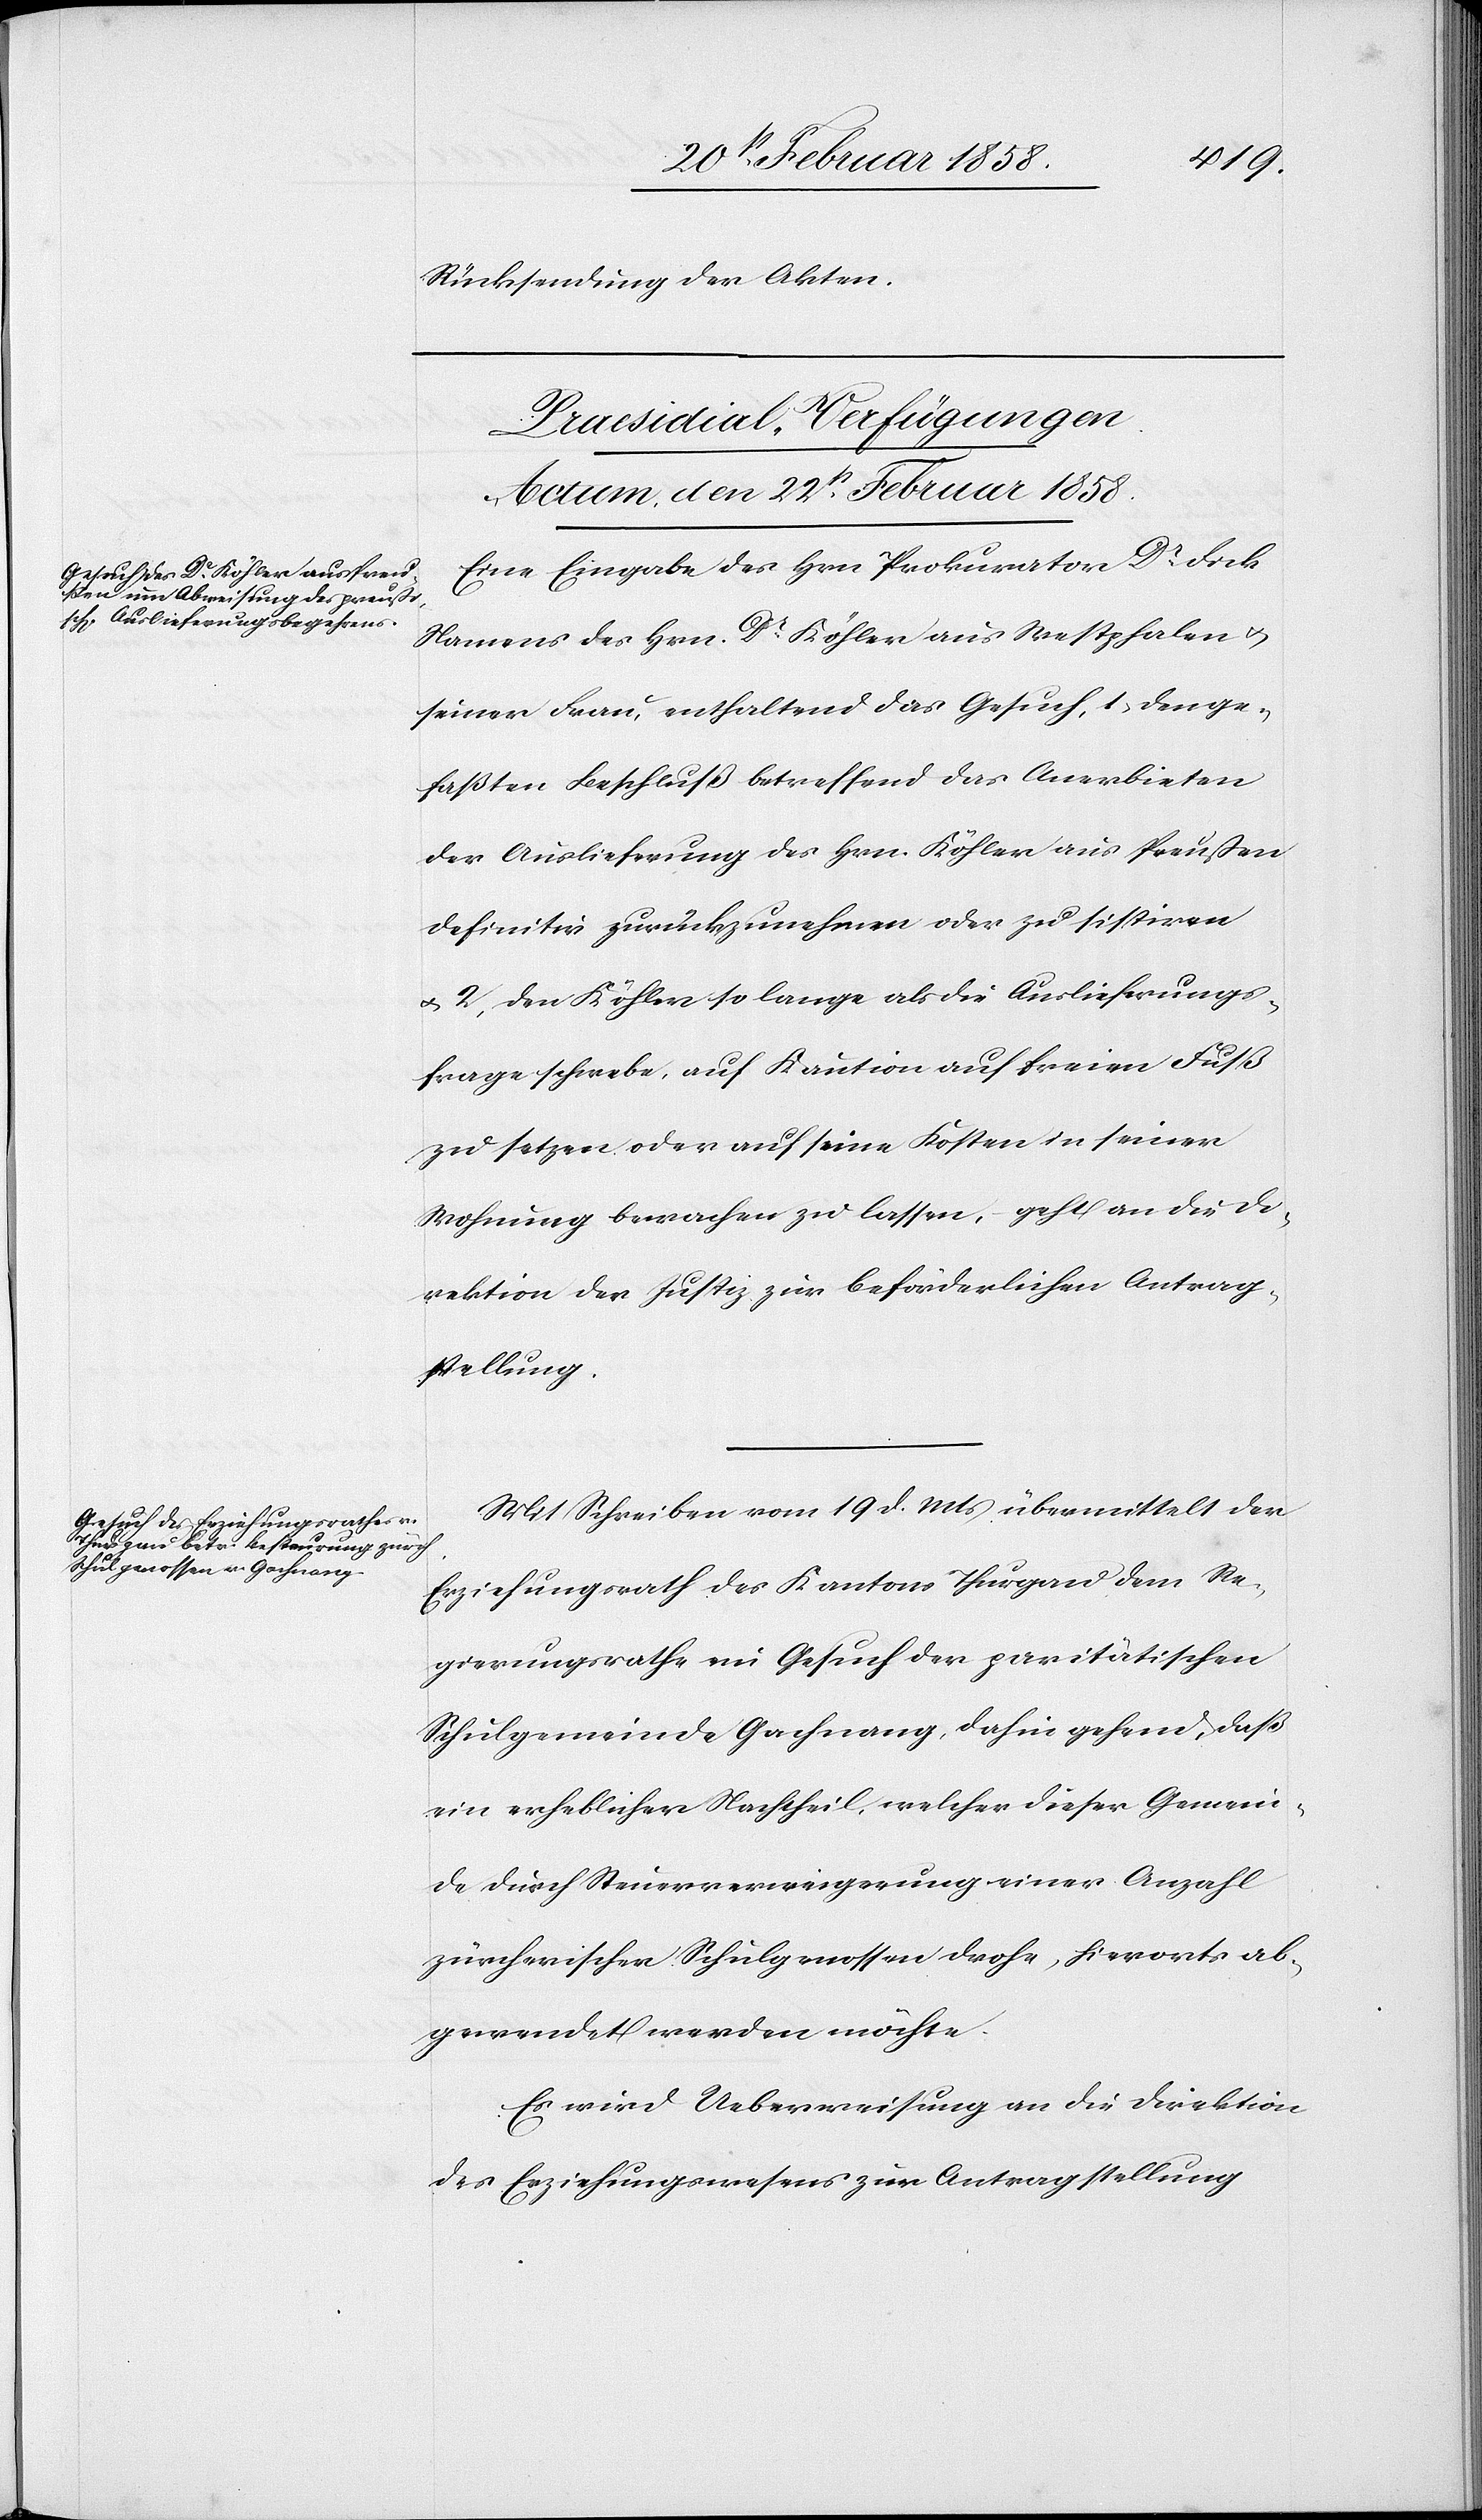
Rücksendung der Akten.
[Praesidial-Verfügungen.
Actum, den 22t Februar 1858.]
Eine Eingabe des Hrn. Prokurator Dr Fick
Namens des Hrn Dr Köhler aus Westphalen u.
seiner Frau, enthaltend das Gesuch, 1. den ge¬
faßten Beschluß betreffend das Anerbieten
der Auslieferung des Hrn. Köhler aus Preußen
definitiv zurückzunehmen oder zu sistiren
u. 2. den Köhler so lange als die Auslieferungs¬
frage schwebe, auf Kaution auf freien Fuß
zu setzen oder auf seine Kosten in seiner
Wohnung bewachen zu lassen, geht an die Di¬
rektion der Justiz zur beförderlichen Antrag¬
stellung.
Mit Schreiben vom 19 d. Mts übermittelt der
Erziehungsrath des Kantons Thurgau dem Re¬
gierungsrathe ein Gesuch der paritätischen
Schulgemeinde Gachnang, dahin gehend, daß
ein erheblicher Nachtheil, welcher dieser Gemein¬
de durch Steuerverweigerung einer Anzahl
zürcherischer Schulgenossen drohe, hierorts ab¬
gewendet werden möchte.
Es wird Ueberweisung an die Direktion
des Erziehungswesens zur Antragstellung